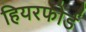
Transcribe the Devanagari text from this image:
हियरफोर्ड